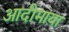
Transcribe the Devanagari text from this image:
आदीमाया